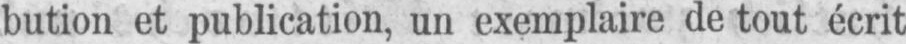
bution et publication, un exemplaire de tout écrit